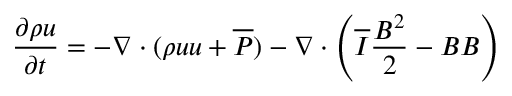
\frac { \partial \rho \boldsymbol { u } } { \partial t } = - \nabla \cdot ( \rho \boldsymbol { u } \boldsymbol { u } + \overline { { \boldsymbol { P } } } ) - \nabla \cdot \left( \overline { { \boldsymbol { I } } } \frac { B ^ { 2 } } { 2 } - \boldsymbol { B } \boldsymbol { B } \right)